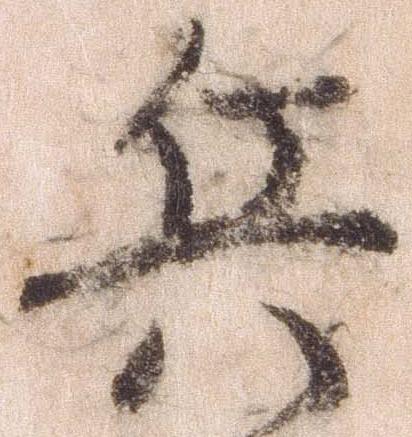
兵